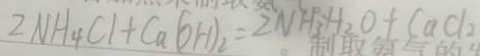
2 N H _ { 4 } C l + C a ( O H ) _ { 2 } = 2 N H _ { 3 } H _ { 2 } O + C a C l _ { 2 }